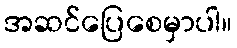
အဆင်ပြေစေမှာပါ။